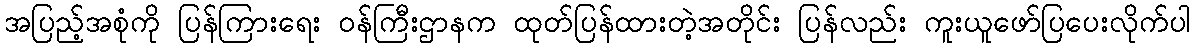
အပြည့်အစုံကို ပြန်ကြားရေး ဝန်ကြီးဌာနက ထုတ်ပြန်ထားတဲ့အတိုင်း ပြန်လည်း ကူးယူဖော်ပြပေးလိုက်ပါ